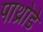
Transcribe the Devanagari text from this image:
पाथ्रोडे